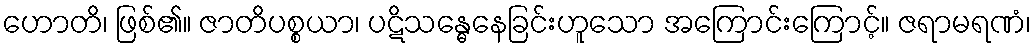
ဟောတိ၊ ဖြစ်၏။ ဇာတိပစ္စယာ၊ ပဋိသန္ဓေနေခြင်းဟူသော အကြောင်းကြောင့်။ ဇရာမရဏံ၊